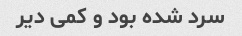
سرد شده بود و کمی دیر